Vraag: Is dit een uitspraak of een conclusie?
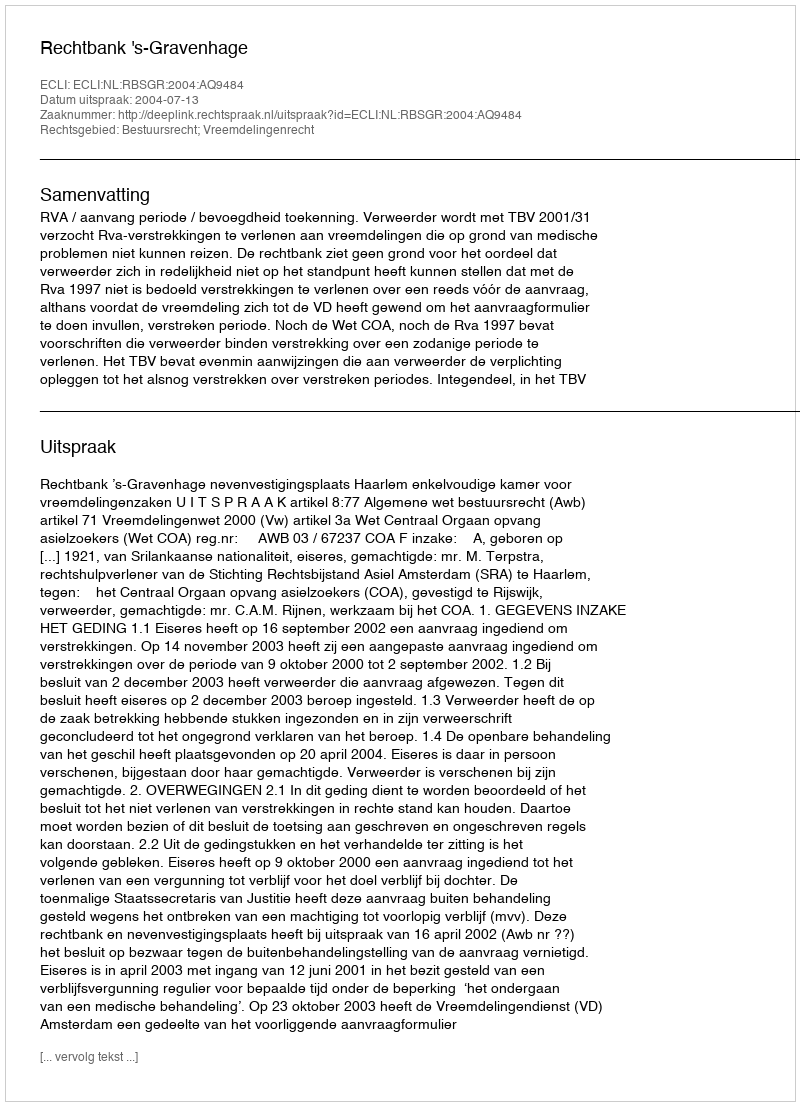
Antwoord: Uitspraak